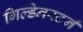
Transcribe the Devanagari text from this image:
गिल्डेनस्टर्न